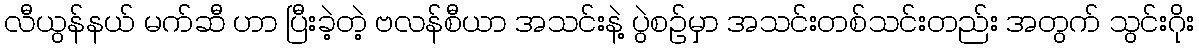
လီယွန်နယ် မက်ဆီ ဟာ ပြီးခဲ့တဲ့ ဗလန်စီယာ အသင်းနဲ့ ပွဲစဉ်မှာ အသင်းတစ်သင်းတည်း အတွက် သွင်းဂိုး